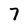
Character: 7